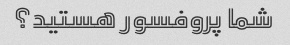
شما پروفسور هستید؟